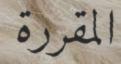
المقررة